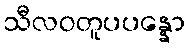
သီလဝတူပပန္နော